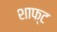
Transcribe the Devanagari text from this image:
शाफ्‌ट